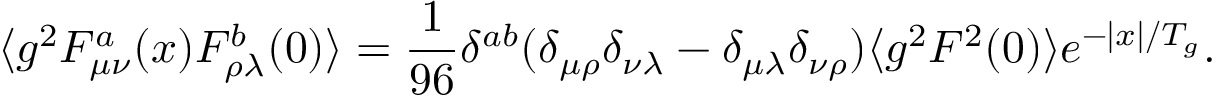
\langle g ^ { 2 } F _ { \mu \nu } ^ { a } ( x ) F _ { \rho \lambda } ^ { b } ( 0 ) \rangle = { \frac { 1 } { 9 6 } } \delta ^ { a b } ( \delta _ { \mu \rho } \delta _ { \nu \lambda } - \delta _ { \mu \lambda } \delta _ { \nu \rho } ) \langle g ^ { 2 } F ^ { 2 } ( 0 ) \rangle e ^ { - \vert x \vert / T _ { g } } .